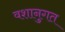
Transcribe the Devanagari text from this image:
वशानुगत